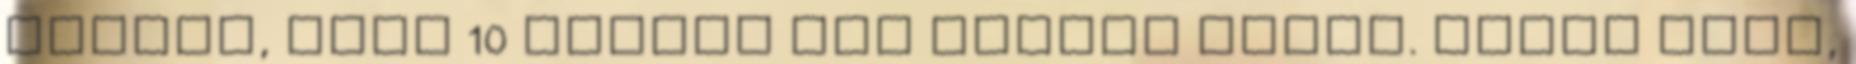
Tudjuk, hogy 10 euróér nem vágnak hajat. Éltem kint,